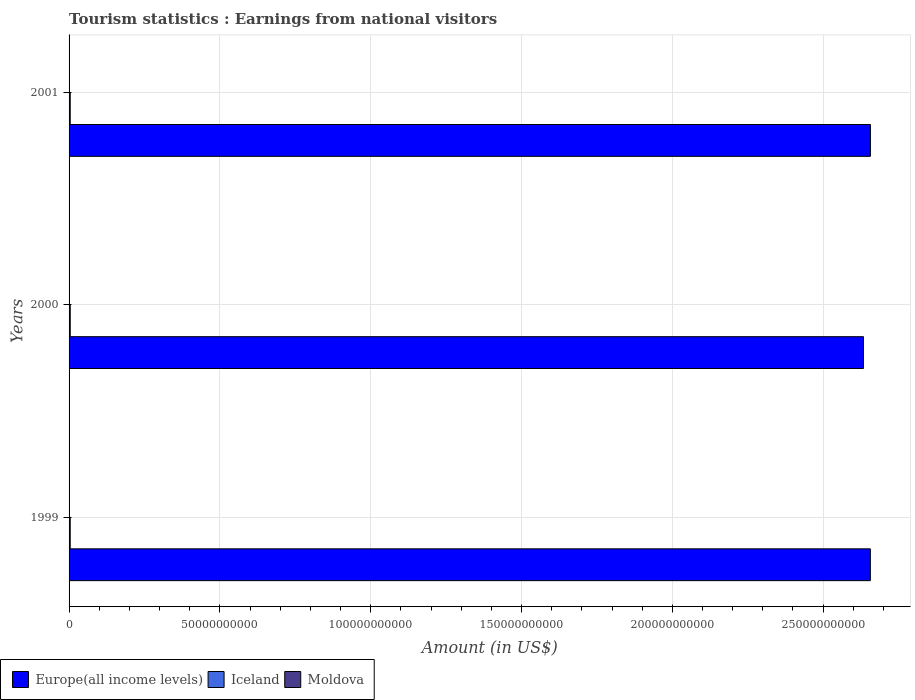
| Years | Europe(all income levels) | Iceland | Moldova |
 | --- | --- | --- | --- |
 | 1999 | 2.66e+11 | 3.8e+08 | 4.9e+07 |
 | 2000 | 2.63e+11 | 3.86e+08 | 5.7e+07 |
 | 2001 | 2.66e+11 | 3.83e+08 | 5.8e+07 |